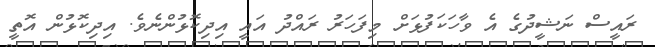
ރައީސް ނަޝީދުގެ އެ ވާހަކަފުޅަށް މިފަހަރު ރައްދު އައީ އިދިކޮޅުންނެވެ. އިދިކޮޅުން އޮތީ